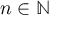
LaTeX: n \in \mathbb { N }